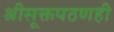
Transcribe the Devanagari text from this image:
श्रीसूक्तपठणही